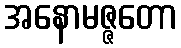
အနောမဇ္ဇတော